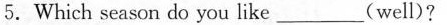
5.Which season do you like___(well)?